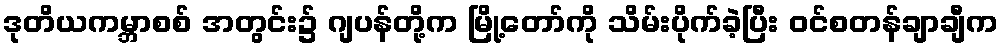
ဒုတိယကမ္ဘာစစ် အတွင်း၌ ဂျပန်တို့က မြို့တော်ကို သိမ်းပိုက်ခဲ့ပြီး ဝင်စတန်ချာချီက